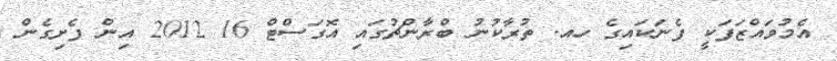
އެމުވައްޒަފަކީ ފެނަކައިގެ ހއ. ތުރާކުނު ބްރާންޗުގައި އޮގަސްޓް 16 2012 އިން ފެށިގެން